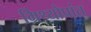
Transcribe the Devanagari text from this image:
म्रिथ्योप्रांत